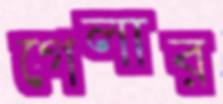
গেলার